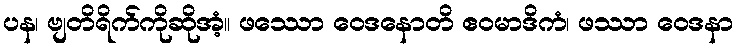
ပန၊ ဗျတိရိက်ကိုဆိုအံ့။ ဖဿော ဝေဒနောတိ ဧဝမာဒိကံ၊ ဖဿာ ဝေဒနာ